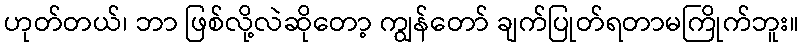
ဟုတ်တယ်၊ ဘာ ဖြစ်လို့လဲဆိုတော့ ကျွန်တော် ချက်ပြုတ်ရတာမကြိုက်ဘူး။